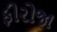
ફીરોજા